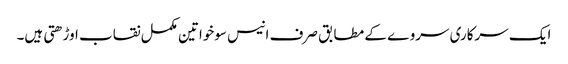
ایک سرکاری سروے کے مطابق صرف انیس سوخواتین مکمل نقاب اوڑھتی ہیں۔